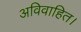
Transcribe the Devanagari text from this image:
अविवाहित।